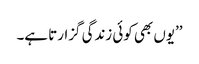
’’یوں بھی کوئی زندگی گزارتا ہے۔